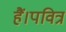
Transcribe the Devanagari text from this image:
हैं।पवित्र